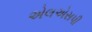
એલએસપી